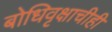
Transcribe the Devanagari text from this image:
बोधिवृक्षाचीही